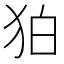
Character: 狛